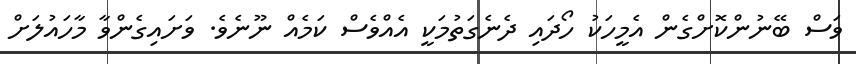
ވަސް ބޭނުންކޮށްގެން އެމީހަކު ހޯދައި ދެނެގަތުމަކީ އެއްވެސް ކަމެއް ނޫނެވެ. ވަށައިގެންވާ މާހައުލަށް